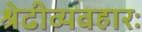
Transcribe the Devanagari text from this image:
श्रेढीव्यवहारः